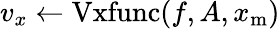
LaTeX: v_{x}\gets\mathrm{Vxfunc}(f,A,x_{\mathrm{m}})